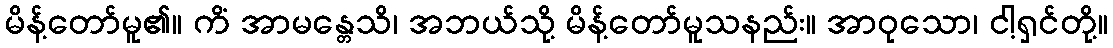
မိန့်တော်မူ၏။ ကိံ အာမန္တေသိ၊ အဘယ်သို့ မိန့်တော်မူသနည်း။ အာဝုသော၊ ငါ့ရှင်တို့။